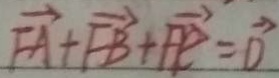
\overrightarrow { F A } + \overrightarrow { F B } + \overrightarrow { F E } = \overrightarrow { D }